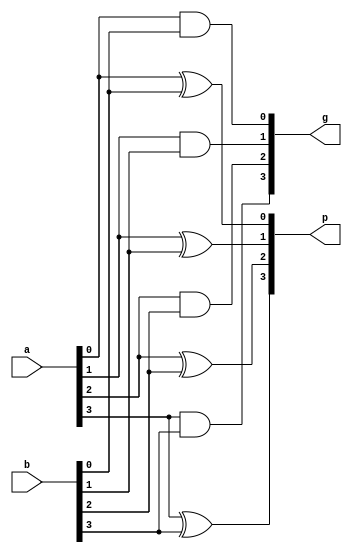
// pgu.v

module pgu(a, b, p, g);


    input [3:0] a, b;

    output [3:0] p, g;

    xor(p[0], a[0], b[0]);
    xor(p[1], a[1], b[1]);
    xor(p[2], a[2], b[2]);
    xor(p[3], a[3], b[3]);

    and(g[0], a[0], b[0]);
    and(g[1], a[1], b[1]);
    and(g[2], a[2], b[2]);
    and(g[3], a[3], b[3]);

endmodule